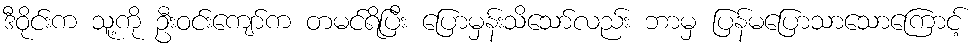
ဒီဝိုင်းက သူ့ကို ဦးဝင်းကျော်က တမင်ရိပြီး ပြောမှန်းသိသော်လည်း ဘာမှ ပြန်မပြောသာသောကြောင့်